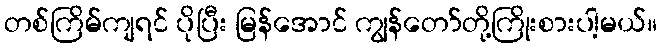
တစ်ကြိမ်ကျရင် ပိုပြီး မြန်အောင် ကျွန်တော်တို့ကြိုးစားပါ့မယ်။